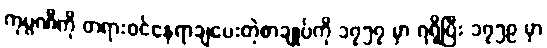
ကုမ္ပဏီကို တရားဝင်နေရာချပေးတဲ့စာချုပ်ကို ၁၇၅၇ မှာ ရရှိပြီး ၁၇၅၉ မှာ